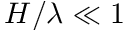
H / \lambda \ll 1